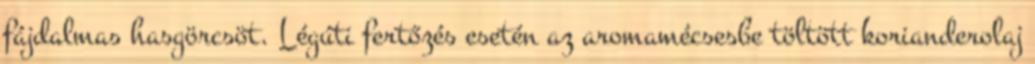
fájdalmas hasgörcsöt. Légúti fertőzés esetén az aromamécsesbe töltött korianderolaj